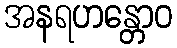
အနရဟန္တောဝ